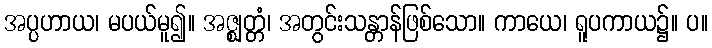
အပ္ပဟာယ၊ မပယ်မူ၍။ အဇ္ဈတ္တံ၊ အတွင်းသန္တာန်ဖြစ်သော။ ကာယေ၊ ရူပကာယ၌။ ပ။